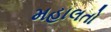
મહાલતો